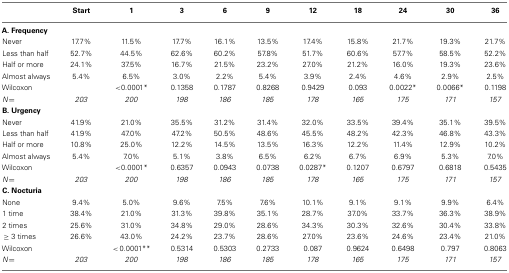
<table><thead><tr><td></td><td><b>Start</b></td><td><b>1</b></td><td><b>3</b></td><td><b>6</b></td><td><b>9</b></td><td><b>12</b></td><td><b>18</b></td><td><b>24</b></td><td><b>30</b></td><td><b>36</b></td></tr></thead><tbody><tr><td><b>A. Frequency</b></td></tr><tr><td>Never</td><td>17.7%</td><td>11.5%</td><td>17.7%</td><td>16.1%</td><td>13.5%</td><td>17.4%</td><td>15.8%</td><td>21.7%</td><td>19.3%</td><td>21.7%</td></tr><tr><td>Less than half</td><td>52.7%</td><td>44.5%</td><td>62.6%</td><td>60.2%</td><td>57.8%</td><td>51.7%</td><td>60.6%</td><td>57.7%</td><td>58.5%</td><td>52.2%</td></tr><tr><td>Half or more</td><td>24.1%</td><td>37.5%</td><td>16.7%</td><td>21.5%</td><td>23.2%</td><td>27.0%</td><td>21.2%</td><td>16.0%</td><td>19.3%</td><td>23.6%</td></tr><tr><td>Almost always</td><td>5.4%</td><td>6.5%</td><td>3.0%</td><td>2.2%</td><td>5.4%</td><td>3.9%</td><td>2.4%</td><td>4.6%</td><td>2.9%</td><td>2.5%</td></tr><tr><td>Wilcoxon</td><td></td><td>&lt;0.0001*</td><td>0.1358</td><td>0.1787</td><td>0.8268</td><td>0.9429</td><td>0.093</td><td>0.0022*</td><td>0.0066*</td><td>0.1198</td></tr><tr><td><i>N</i> = </td><td><i>203</i></td><td><i>200</i></td><td><i>198</i></td><td><i>186</i></td><td><i>185</i></td><td><i>178</i></td><td><i>165</i></td><td><i>175</i></td><td><i>171</i></td><td><i>157</i></td></tr><tr><td><b>B. Urgency</b></td></tr><tr><td>Never</td><td>41.9%</td><td>21.0%</td><td>35.5%</td><td>31.2%</td><td>31.4%</td><td>32.0%</td><td>33.5%</td><td>39.4%</td><td>35.1%</td><td>39.5%</td></tr><tr><td>Less than half</td><td>41.9%</td><td>47.0%</td><td>47.2%</td><td>50.5%</td><td>48.6%</td><td>45.5%</td><td>48.2%</td><td>42.3%</td><td>46.8%</td><td>43.3%</td></tr><tr><td>Half or more</td><td>10.8%</td><td>25.0%</td><td>12.2%</td><td>14.5%</td><td>13.5%</td><td>16.3%</td><td>12.2%</td><td>11.4%</td><td>12.9%</td><td>10.2%</td></tr><tr><td>Almost always</td><td>5.4%</td><td>7.0%</td><td>5.1%</td><td>3.8%</td><td>6.5%</td><td>6.2%</td><td>6.7%</td><td>6.9%</td><td>5.3%</td><td>7.0%</td></tr><tr><td>Wilcoxon</td><td></td><td>&lt;0.0001*</td><td>0.6357</td><td>0.0943</td><td>0.0738</td><td>0.0287*</td><td>0.1207</td><td>0.6797</td><td>0.6818</td><td>0.5435</td></tr><tr><td><i>N</i> = </td><td><i>203</i></td><td><i>200</i></td><td><i>198</i></td><td><i>186</i></td><td><i>185</i></td><td><i>178</i></td><td><i>165</i></td><td><i>175</i></td><td><i>171</i></td><td><i>157</i></td></tr><tr><td><b>C. Nocturia</b></td></tr><tr><td>None</td><td>9.4%</td><td>5.0%</td><td>9.6%</td><td>7.5%</td><td>7.6%</td><td>10.1%</td><td>9.1%</td><td>9.1%</td><td>9.9%</td><td>6.4%</td></tr><tr><td>1 time</td><td>38.4%</td><td>21.0%</td><td>31.3%</td><td>39.8%</td><td>35.1%</td><td>28.7%</td><td>37.0%</td><td>33.7%</td><td>36.3%</td><td>38.9%</td></tr><tr><td>2 times</td><td>25.6%</td><td>31.0%</td><td>34.8%</td><td>29.0%</td><td>28.6%</td><td>34.3%</td><td>30.3%</td><td>32.6%</td><td>30.4%</td><td>33.8%</td></tr><tr><td> ≥3 times</td><td>26.6%</td><td>43.0%</td><td>24.2%</td><td>23.7%</td><td>28.6%</td><td>27.0%</td><td>23.6%</td><td>24.6%</td><td>23.4%</td><td>21.0%</td></tr><tr><td>Wilcoxon</td><td></td><td>&lt; 0.0001**</td><td>0.5314</td><td>0.5303</td><td>0.2733</td><td>0.087</td><td>0.9624</td><td>0.6498</td><td>0.797</td><td>0.8063</td></tr><tr><td><i>N</i> = </td><td><i>203</i></td><td><i>200</i></td><td><i>198</i></td><td><i>186</i></td><td><i>185</i></td><td><i>178</i></td><td><i>165</i></td><td><i>175</i></td><td><i>171</i></td><td><i>157</i></td></tr></tbody></table>